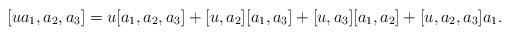
LaTeX: \begin{align*}[u a_1, a_2, a_3] = u [a_1, a_2, a_3] + [u, a_2][a_1, a_3] + [u, a_3][a_1, a_2] + [u, a_2, a_3] a_1 .\end{align*}